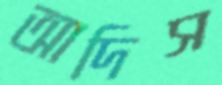
আদিস